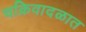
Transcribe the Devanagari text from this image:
चक्रिवादळात